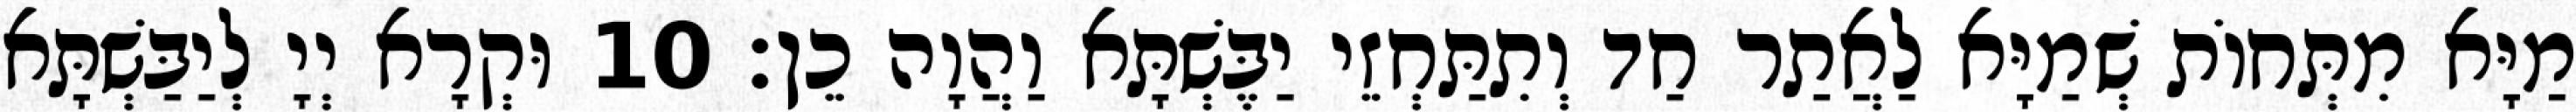
מַיָּא מִתְּחוֹת שְׁמַיָּא לַאֲתַר חַד וְתִתַּחְזֵי יַבֶּשְׁתָּא וַהֲוָה כֵן׃ 10 וּקְרָא יְיָ לְיַבַּשְׁתָּא